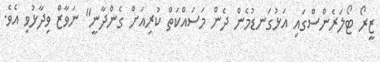
ޒީރޯ ޓޯލަރެންސްގައި އަޅުގަނޑުމެން ދެން މަސައްކަތް ކުރިއަށް ގެންދާނީ" ނަވާޒް ވިދާޅުވި އެވެ.